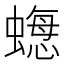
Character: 𧐟